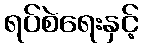
ရပ်စဲရေးနှင့်